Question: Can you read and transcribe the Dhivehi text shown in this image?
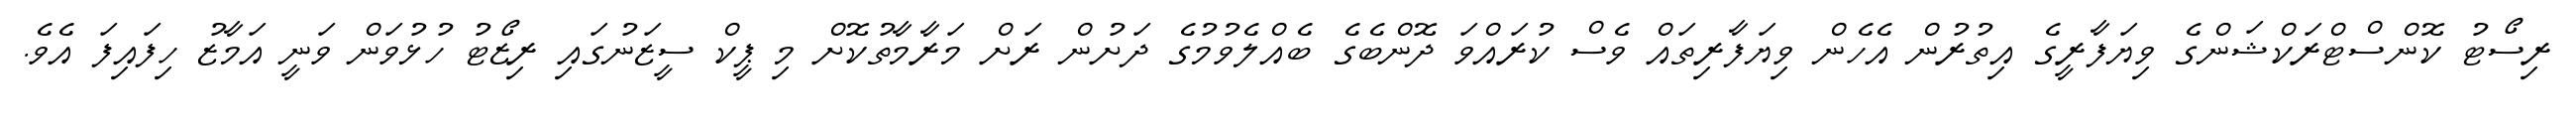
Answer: ރިސޯޓު ކޮންސްޓްރަކްޝަންގެ ވިޔަފާރީގެ އިތުރުން އެހެން ވިޔަފާރިތައް ވެސް ކުރައްވަ ދޮންބެގެ ބެއްލެވުމުގެ ދަށުން ރަށް މަރާމާތުކޮށް މި ޕީކް ސީޒަނުގައި ރިޒޯޓު ހުޅުވަން ވަނީ އަމާޒު ހިފައިފަ އެވެ.